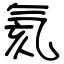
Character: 氦